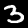
Digit: 3